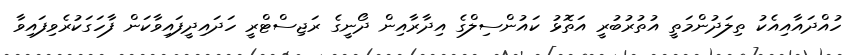
ހުއްދައާއިއެކު ތިލަދުންމަތީ އުތުރުބުރީ އަތޮޅު ކައުންސިލްގެ އިދާރާއިން ދޯނީގެ ރަޖިސްޓްރީ ހަދައިދީފައިވާކަން ފާހަގަކުރެވިފައިވާ